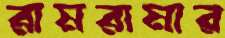
রামরামার